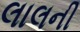
લાલની